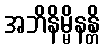
အဘိနိမ္မိနန္တိ